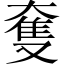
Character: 𡙜